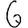
Digit: 6